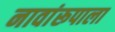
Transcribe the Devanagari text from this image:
नावांरूपाला